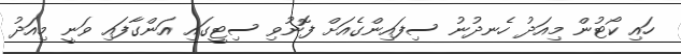
ހައި ކޯޓުން މިއަދު ހެނދުނު ސިފައިންގެއަށް ފޮނުވި ސިޓީގައި އަންގާފައި ވަނީ މިއަދު